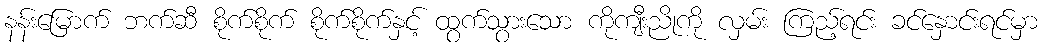
နန်းမြောက် ဘက်ဆီ စိုက်စိုက် စိုက်စိုက်နှင့် ထွက်သွားသော ကိုကျီးညိုကို လှမ်း ကြည့်ရင်း ခင်နှောင်းရင်မှာ